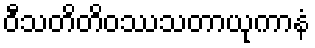
ဝီသတိတိဝဿသတာယုကာနံ